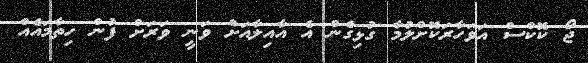
ޖޯ ކޮކްސް އަވަހާރަކޮށްލުމާ ގުޅިގެން އެ އާއިލާއަށް ވަނީ ވަރަށް ފުން ހިތާމައެއް